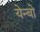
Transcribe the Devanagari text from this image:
येन्बो